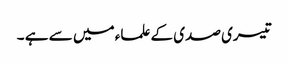
تیسری صدی کے علماء میں سے ہے ۔